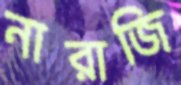
নারাজি